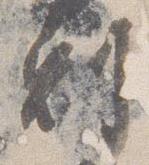
剋